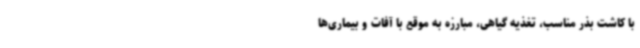
با کاشت بذر مناسب، تغذیه گیاهی، مبارزه به موقع با آفات و بیماری‌ها